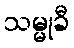
သမ္မုခီ